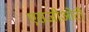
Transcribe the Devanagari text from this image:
एसजीओटी